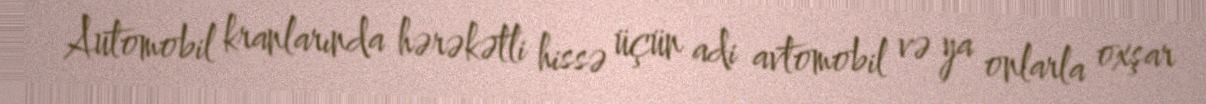
Automobil kranlarında hərəkətli hissə üçün adi avtomobil və ya onlarla oxşar